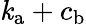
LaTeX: \mathit{k}_{\mathrm{{a}}}+c_{\mathrm{{b}}}